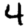
Digit: 4